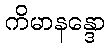
ကိမာနန္ဒော